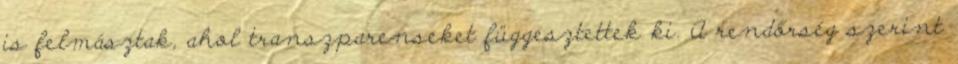
is felmásztak, ahol transzparenseket függesztettek ki. A rendőrség szerint